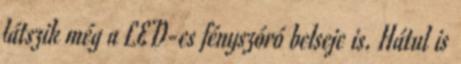
látszik még a LED-es fényszóró belseje is. Hátul is